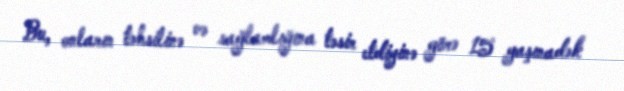
Bu, onların təhsilinə və sağlamlığına təsir etdiyinə görə 15 yaşınadək